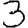
Digit: 3